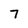
Character: 7